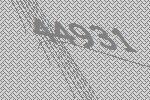
44931